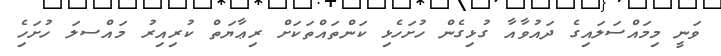
ވަނީ މިމައްސަލައިގެ ދައުވާއާ ގުޅިގެން ހުށަހެޅި ކަންތައްތަކަށް ރިޢާޔަތް ކުރިއިރު މައްސލަ ހުށަހެި